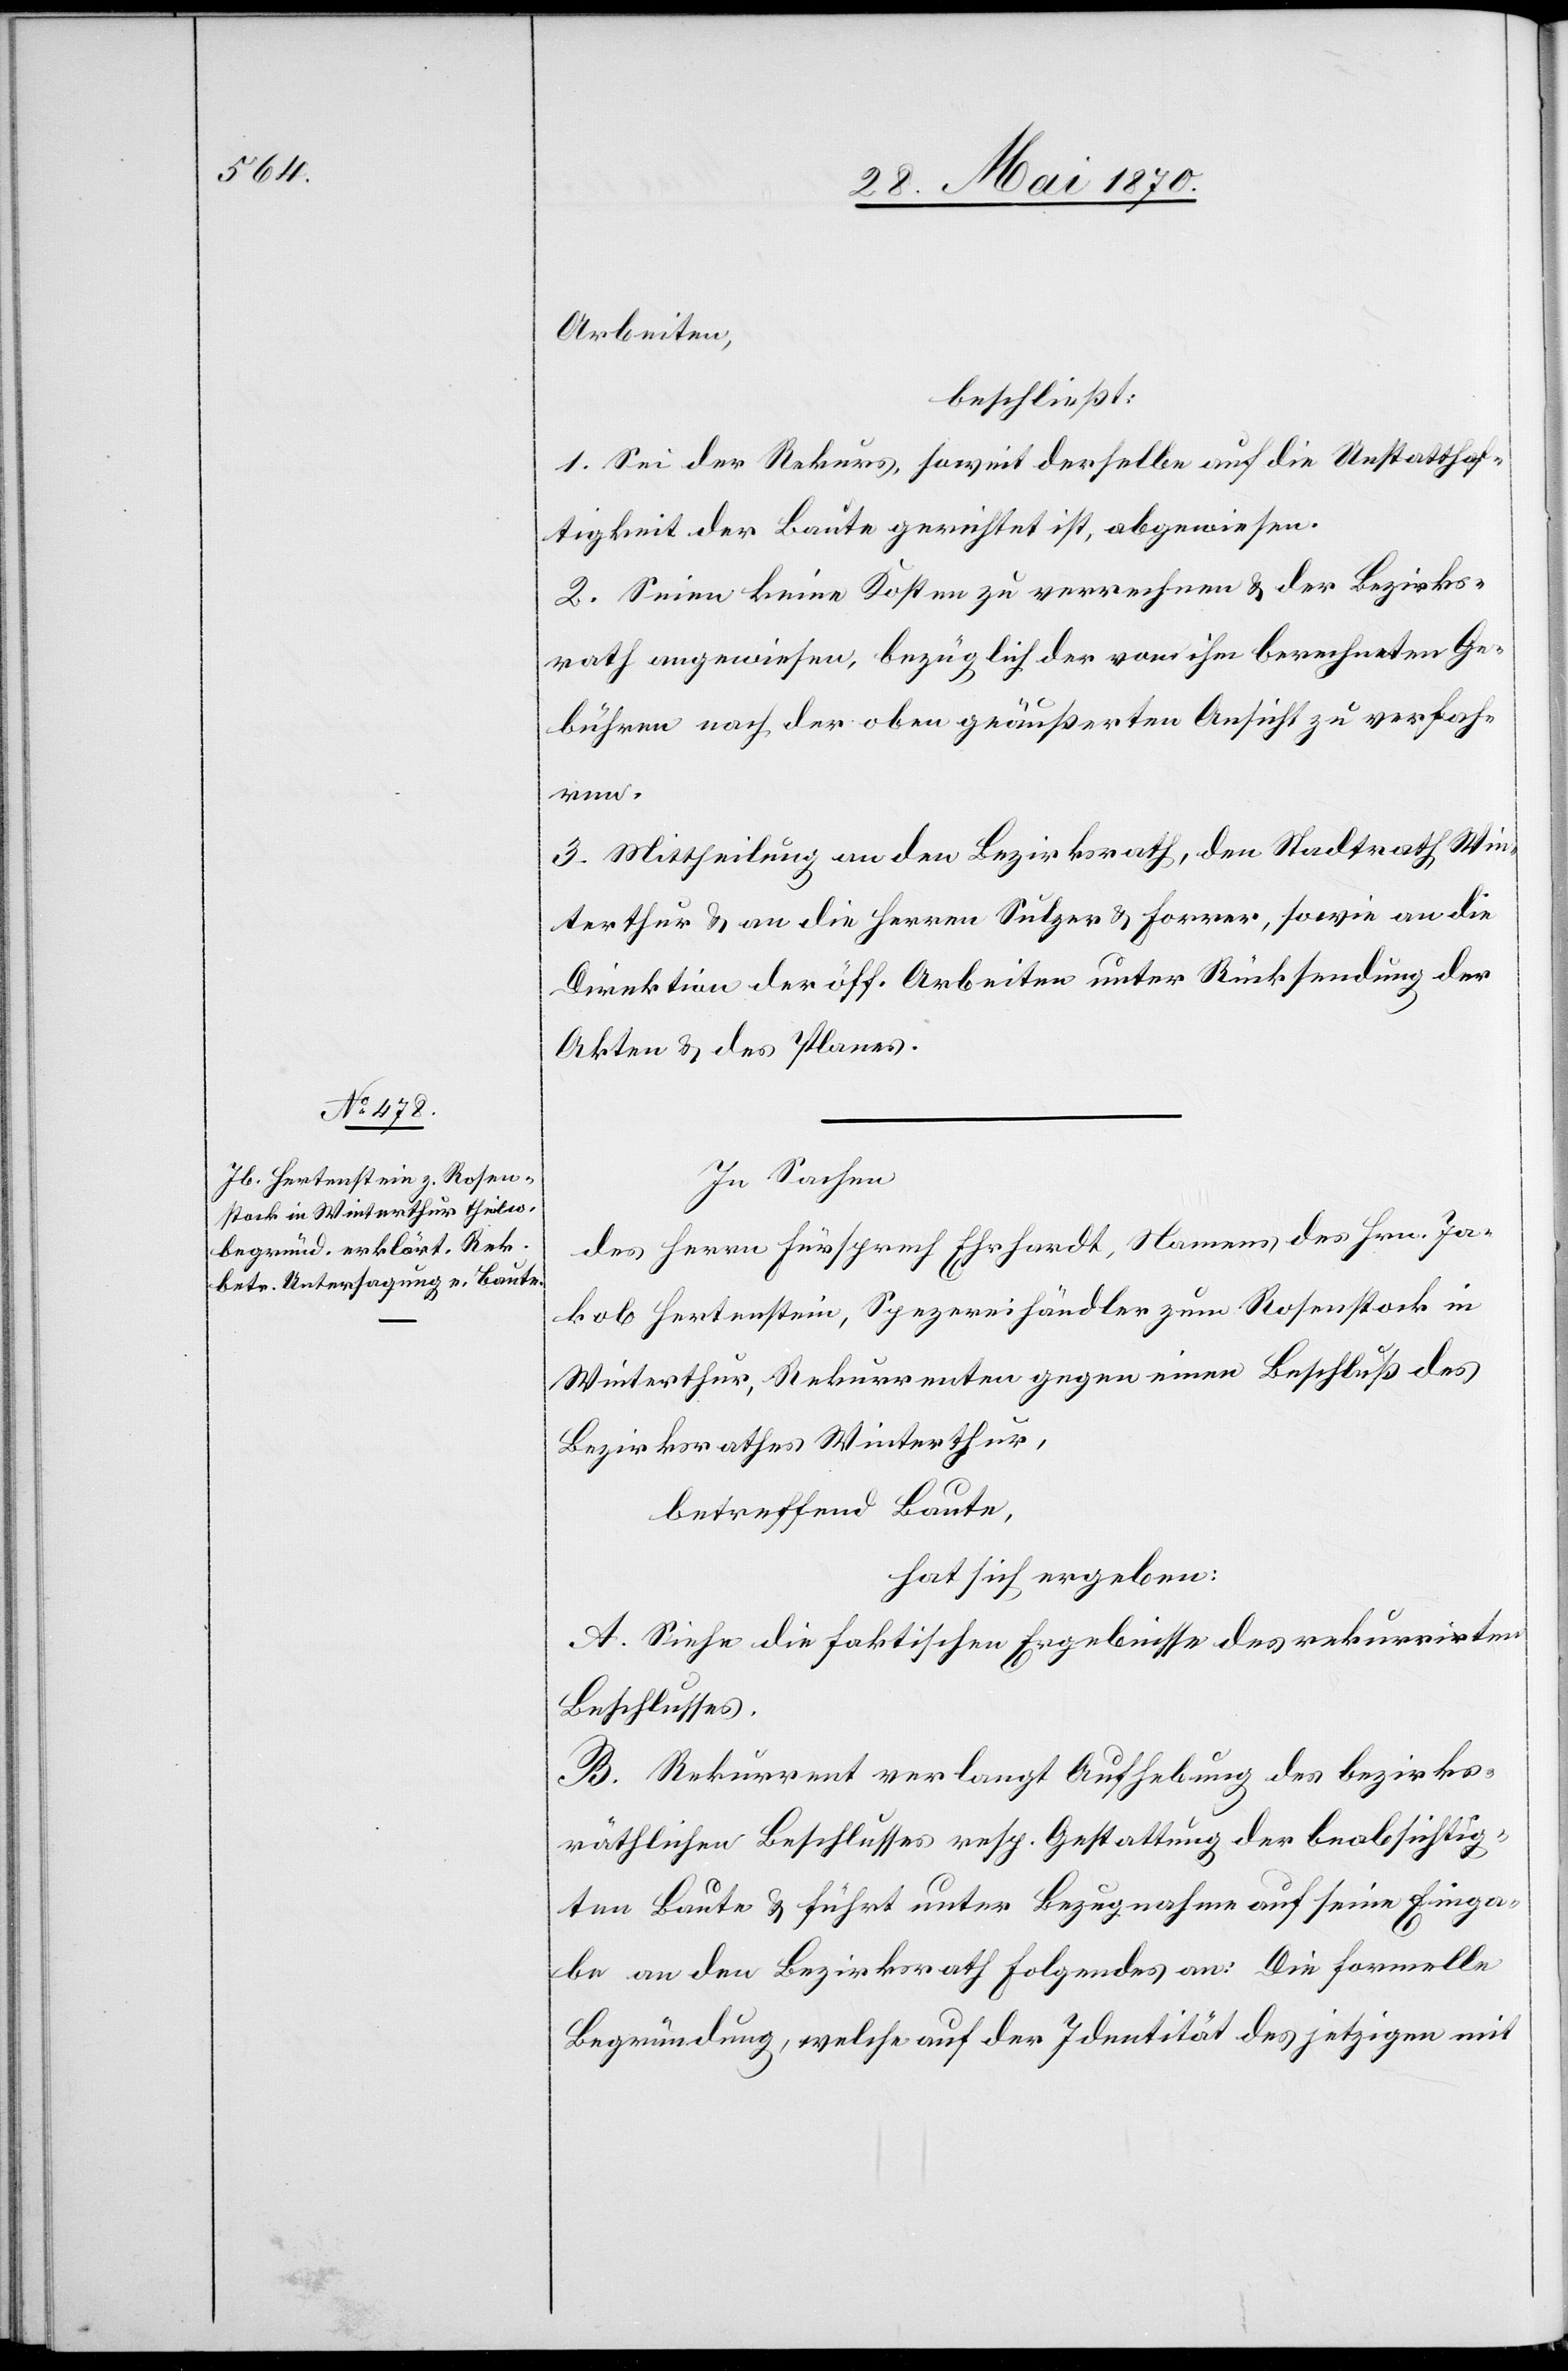
Arbeiten,
beschließt:
1. Sei der Rekurs, soweit derselbe auf die Unstatthaf¬
tigkeit der Baute gerichtet ist, abgewiesen.
2. Seien keine Kosten zu verrechnen & der Bezirks¬
rath angewiesen, bezüglich der von ihm berechneten Ge¬
bühren nach der oben geäußerten Ansicht zu verfah¬
ren.
3. Mittheilung an den Bezirksrath, den Stadtrath Win¬
terthur & an die Herren Sulzer & Forrer, sowie an die
Direktion der öff. Arbeiten unter Rücksendung der
Akten & des Planes.
In Sachen
des Herrn Fürsprech Ehrhardt, Namens des Hrn. Ja¬
kob Hertenstein, Spezereihändler zum Rosenstock in
Winterthur, Rekurrenten gegen einen Beschluß des
Bezirksrathes Winterthur,
betreffend Baute,
hat sich ergeben:
A. Siehe die faktischen Ergebnisse des rekurrirten
Beschlusses.
B. Rekurrent verlangt Aufhebung des bezirks¬
räthlichen Beschlusses resp. Gestattung der beabsichtig¬
ten Baute & führt unter Bezugnahme auf seine Einga¬
be an den Bezirksrath Folgendes an: Die formelle
Begründung, welche auf der Identität des jetzigen mit